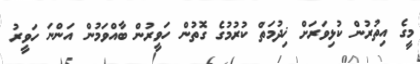
މީގެ އިތުރުން ކުޅިވަރަށް ޚިދުމަތް ކުރުމުގެ ގޮތުން ހަވީރުން ބާއްވަމުން އަންނަ ހަވީރު